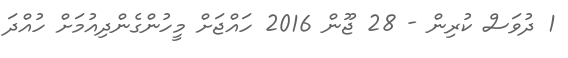
1 ދުވަސް ކުރިން - 28 ޖޫން 2016 ހައްޖަށް މީހުންގެންދިއުމަށް ހުއްދަ